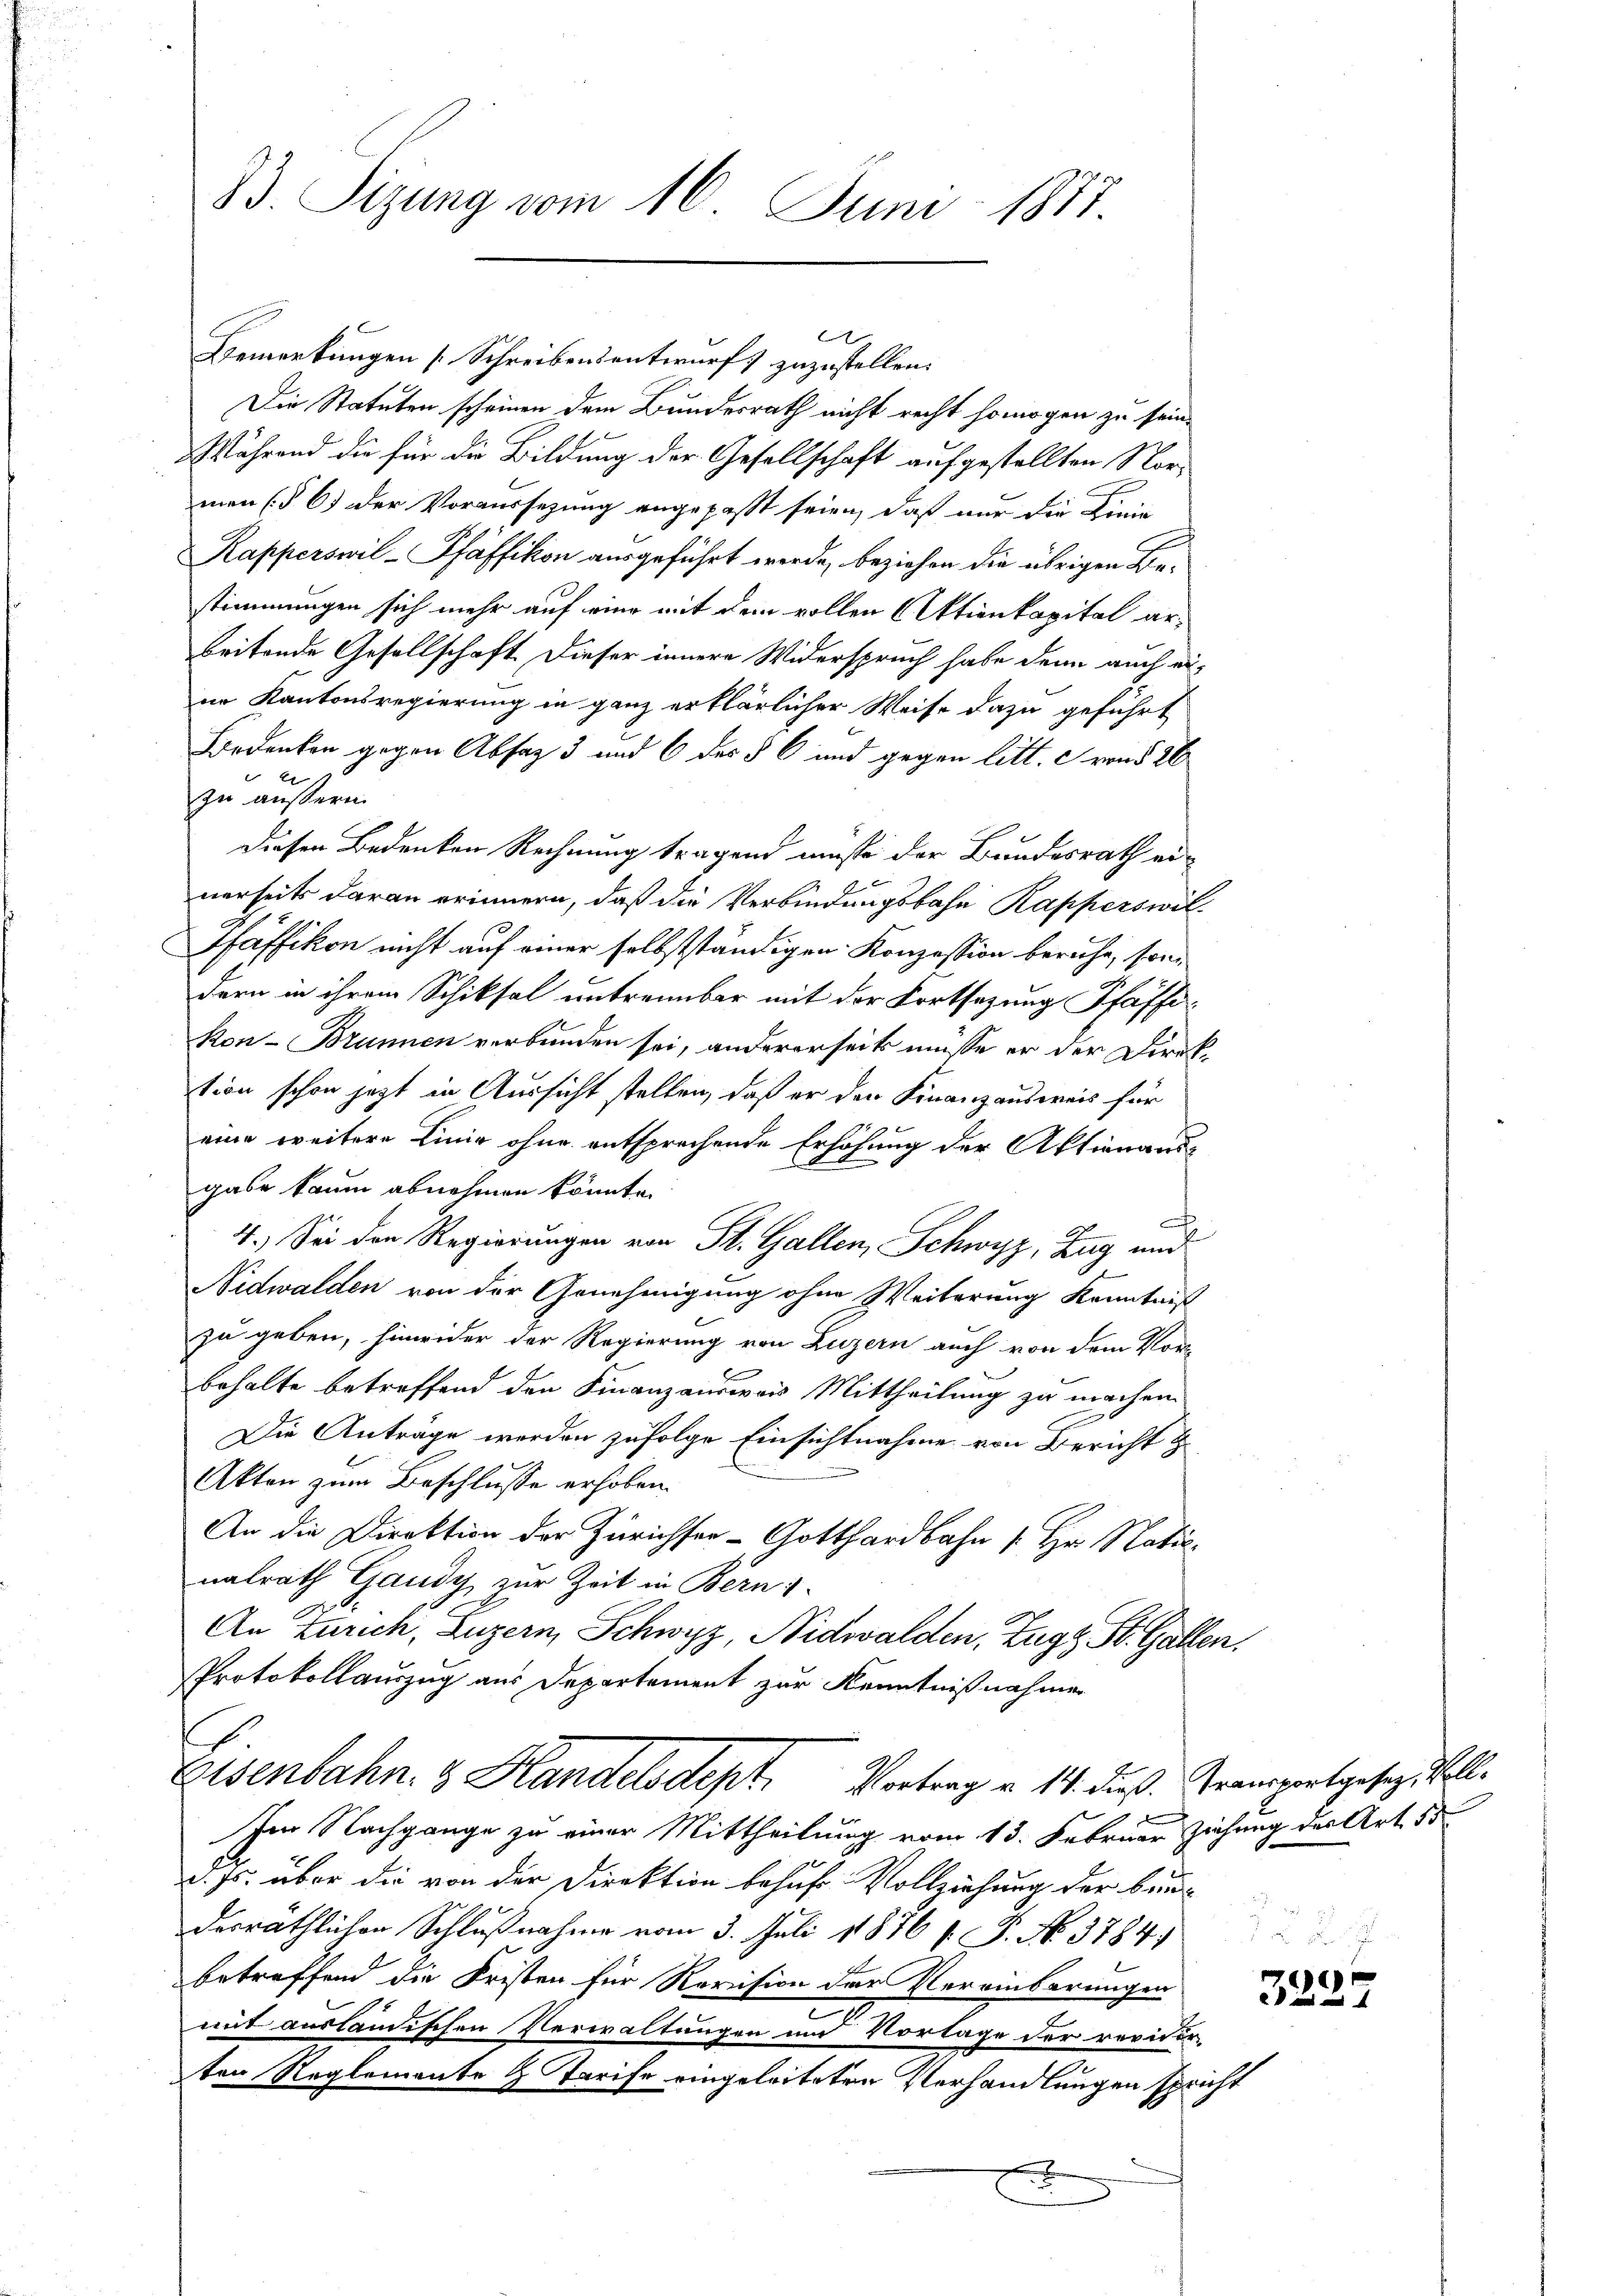
B3. Sizung vom 16. Juni 1817.

Bemerkungen [Schreibensentwurf zuzustellen.
Die Statuten scheinen dem Bundesrath nicht recht homogen zu sein.
Während die für die Bildung der Gesellschaft aufgestellten Normen (§ 6. der Voraussetzung angepasst seien, daß nur die Linie
Kapperswil-Pfäffikon ausgeführt werde, beziehen die übrigen Bestimmungen sich mehr auf eine mit dem vollen (Aktienkapital arbeitende Gesellschaft. Dieser innere Widerspruch habe denn auch einn Kantonsregierung in ganz erklärlicher Weise dazu geführt
Bedenken gegen Absatz 3 und 6 des § 6 und gegen litt. c von § 26
zu äussern.
Diesen Bedenken Rechnung tragend müsse der Bundesrath einerseits daran erinnern, daß die Verbindungsbahn Kapperswil¬
Pfäffikon nicht auf einer selbstständigen Konzession beruhe, sondern in ihrem Schiksal untrennbar mit der Fortsetzung Pfäffi¬
Ron- Brunnen verbunden sei, andererseits müsse er der Direktion schon jetzt in Aussicht stellen, daß er der Finanzausweis für
eine weitere Linie ohne entsprechende Erhöhung der Aktienausgabe kaum abnehmen könnte.
4.) Sei den Regierungen von St. Gallen, Schwyz, Zug und
Nidwalden von der Genehmigung ohne Weiterung Kenntnis
zu geben, hinwider der Regierung von Luzern auch von dem Vor-
behalte betreffend den Finanzausweis Mittheilung zu machen.
Die Anträge werden zufolge Einsichtnahme von Bericht z
Akten zum Beschlusse erhoben.
An die Direktion der Zürichser- Gotthardbahn / Hr. Natio
nalrath Gaudy zur Zeit in Bern i
An Zürich, Luzern, Schwyz, Nidwalden, Zug, St. Gallen,
Protokollauszug aus Departement zur Kenntnißnahmen
Eisenbahn- & Handelsdept. Vortrag u. 14. dieß. Transportgesezt soll.
Im Nachgange zu einer Mittheilung vom 13. Februar Ziehung des Art. 55
d. Js. über die von der Direktion behufs Vollziehung der bund
derräthlichen Schlußnahme vom 3. Juli 1876 f. P. No. 3784
betreffend die Fristen für Revision der Vereinbarungen
2
mit ausländischen Verwaltungen und Vorlage der revider-
ten Reglemente h Tarife eingeleiteten Vorhandlungen spricht

e
2 x